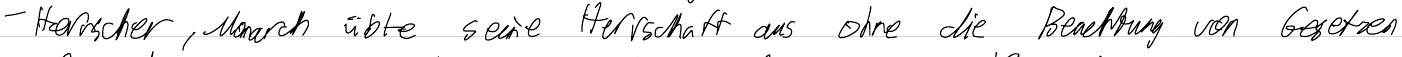
- Herrscher, Monarch übte seine Herrschaft aus ohne die Beachtung von Gesetzen